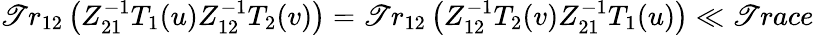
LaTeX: \mathscr{T}r_{12}\left(Z_{21}^{-1}T_{1}(u)Z_{12}^{-1}T_{2}(v)\right)=\mathscr{T}r_{12}\left(Z_{12}^{-1}T_{2}(v)Z_{21}^{-1}T_{1}(u)\right)\ll{\mathscr{T}race}